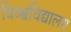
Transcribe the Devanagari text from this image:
विव्श्वविद्यालय